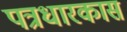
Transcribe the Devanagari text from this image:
पत्रधारकास